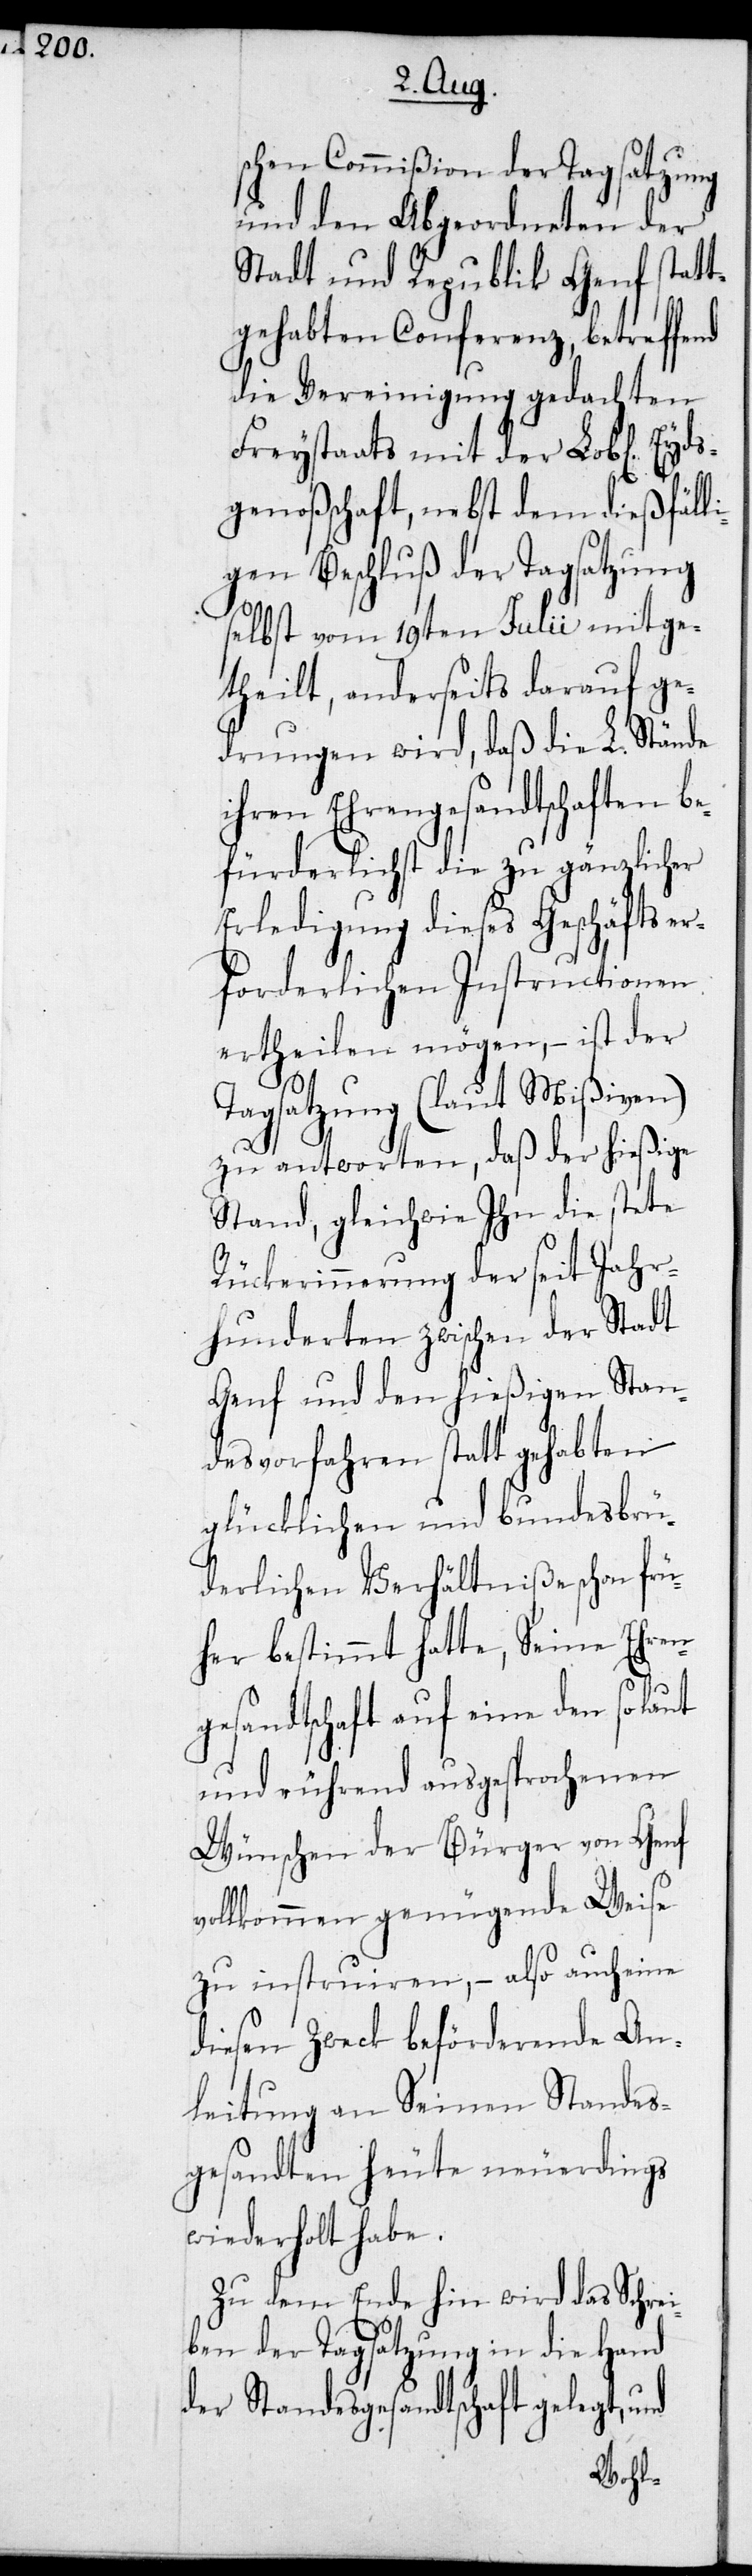
n] Eyds¬
schen Commißion der Tagsatzung
und den Abgeordneten der
Stadt und Republik Genf statt¬
gehabten Conferenz, betreffend
die Vereinigung gedachten
Freystaats mit der Lob[liche¬
genoßschaft, nebst dem dießfälli¬
gen Beschluß der Tagsatzung
selbst vom 19ten Julii mitge¬
theilt, anderseits darauf ge¬
drungen wird, daß die L. Stände
ihren Ehrengesandtschaften b¬
efürderlichst die zu gänzlicher
Erledigung dieses Geschäfts er¬
forderlichen Instructionen
ertheilen mögen, – ist der
Tagsatzung (laut Mißiven)
zu antworten, daß der hießige
Stand, gleichwie Ihn die stete
Rückerinnerung der seit Jahr¬
hunderten zwischen der Stadt
Genf und den hießigen Stan¬
desvorfahren statt gehabten
glücklichen und bundesbrü¬
derlichen Verhältniße schon frü¬
her bestimmt hatte, Seine Ehren¬
gesandtschaft auf eine den so laut
und rührend ausgesprochenen
Wünschen der Bürger von Genf
vollkommen genügende Weise
zu instruiren, – also auch eine
diesen Zweck beförderende An¬
leitung an Seinen Standes¬
gesandten heute neuerdings
wiederholte habe.
Zu dem Ende hin wird das Schrei¬
ben der Tagsatzung in die Hand
der Standesgesandtschaft gelegt, und